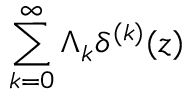
\sum _ { k = 0 } ^ { \infty } \Lambda _ { k } \delta ^ { ( k ) } ( z )